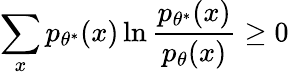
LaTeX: \sum_{x}p_{\theta^{*}}(x)\ln\frac{p_{\theta^{*}}(x)}{p_{\theta}(x)}\geq 0